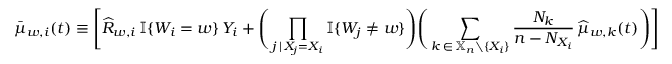
\bar { \mu } _ { w , i } ( t ) \equiv \Bigg [ \widehat { R } _ { w , i } \, \mathbb { I } \{ W _ { i } = w \} \, Y _ { i } + \Bigg ( \prod _ { j \, | \, X _ { j } = X _ { i } } \mathbb { I } \{ W _ { j } \neq w \} \Bigg ) \Bigg ( \sum _ { k \, \in \, \mathbb { X } _ { n } \setminus \{ X _ { i } \} } \frac { N _ { k } } { n - N _ { X _ { i } } } \, \widehat { \mu } _ { w , k } ( t ) \Bigg ) \Bigg ]